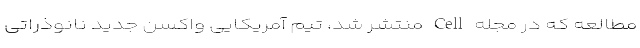
مطالعه که در مجله Cell منتشر شد، تیم آمریکایی واکسن جدید نانوذراتی